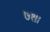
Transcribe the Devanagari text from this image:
७१।।